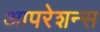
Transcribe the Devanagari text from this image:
आपरेशन्स